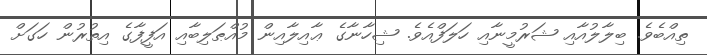
ތިއްބެވެ. ބިލާލުއާއި ޝަރުމީނާއި ހަލަފްއެވެ. ޝިހާނާގެ ޢާއިލާއިން މުއްޠަލިބާއި އަފީފާގެ އިތުރުން ހަގަށް